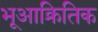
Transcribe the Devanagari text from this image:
भूआक्रितिक